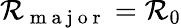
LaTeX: \mathcal{R}_{\mathrm{{~m~a~j~o~r~}}}=\mathcal{R}_{0}